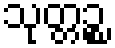
သုတ္တဉ္စ